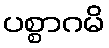
ပစ္စာဂမိ